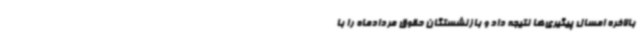
بالاخره امسال پیگیری‌ها نتیجه داد و بازنشستگان حقوق مردادماه را با